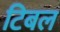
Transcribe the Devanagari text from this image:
टिबल